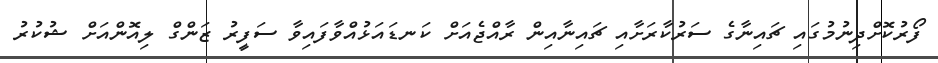
ފޯރުކޮށްދިނުމުގައި ޗައިނާގެ ސަރުކާރަށާއި ޗައިނާއިން ރާއްޖެއަށް ކަނޑައަޅުއްވާފައިވާ ސަފީރު ޒަންގް ލިއޮންއަށް ޝުކުރު